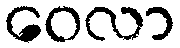
ဝေလာ